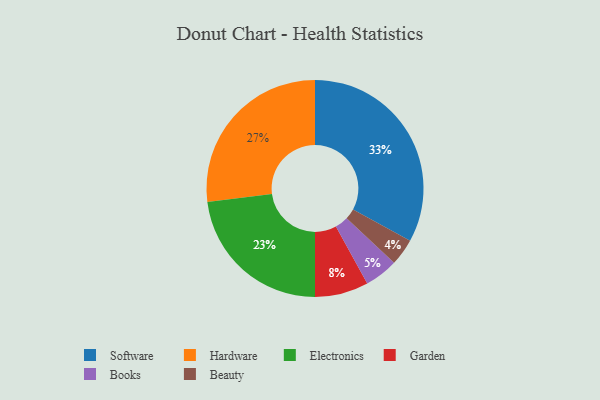
{"axis": {"x": "Category", "y": "Percentage"}, "legend": ["Beauty", "Books", "Electronics", "Garden", "Hardware", "Software"], "data": [{"x": "Garden", "y": 8, "type": "Garden"}, {"x": "Software", "y": 33, "type": "Software"}, {"x": "Hardware", "y": 27, "type": "Hardware"}, {"x": "Beauty", "y": 4, "type": "Beauty"}, {"x": "Books", "y": 5, "type": "Books"}, {"x": "Electronics", "y": 23, "type": "Electronics"}]}